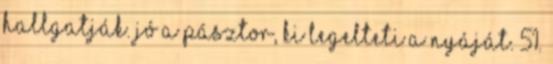
hallgatják. Jó a pásztor, ki legelteti a nyáját. 51.